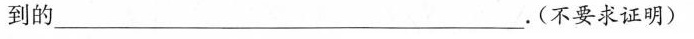
到的___.(不要求证明)